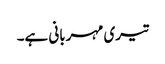
تیری مہربانی ہے۔